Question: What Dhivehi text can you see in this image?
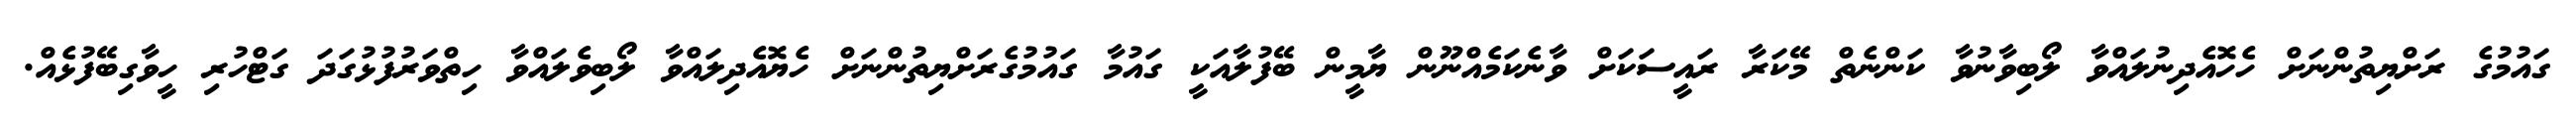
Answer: ގައުމުގެ ރަށްޔިތުންނަށް ހެހޮއެދިނުލައްވާ ލޯބިވާނުވާ ކަންނެތް މޭކަރާ ރައީސަކަށް ވާނެކަމެއްނޫން ޔާމީން ބޭފުލާއަކީ ގައުމާ ގައުމުގެރަށްޔިތުންނަށް ހެޔޮއެދިލައްވާ ލޯބިވެލައްވާ ހިތްވަރުފުޅުގަދަ ގަޓްހުރި ހީވާގިބޭފުޅެއް.